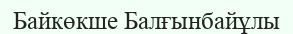
Байкөкше Балғынбайұлы